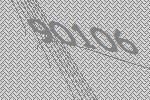
90106